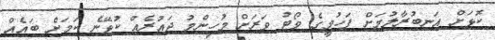
ކޮޅަށް އަނބުރާލުމަށް ފަހުމީގެ ވޯޓު ވަރަށް މުހިންމު ދައުރެއް ކުޅޭނެ ކަމަށް ބައެއް